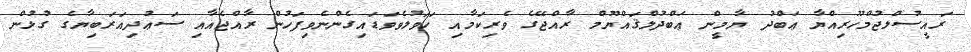
ރައީސުލްޖުމްހޫރިއްޔާ ޢަބްދު ޔާމީން ޢަބްދުލްޤައްޔޫމް ރާއްޖޭގެ ވެރިކަމާއި ހަވަލުވެވަޑައިގެންނެވިފަހުން ރާއްޖެއާއި ސަޢުދިއަރަބިޔާގެ ގުޅުން